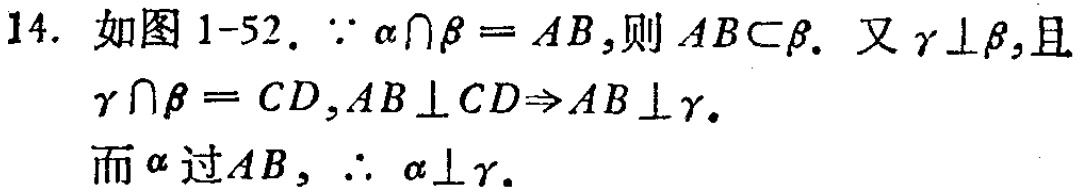
14. 如图 1-52. $\because \alpha\cap\beta = AB$,则 $AB\subset\beta$. 又 $\gamma\perp\beta$,且 $\gamma\cap\beta = CD$, $AB\perp CD\Rightarrow AB\perp\gamma$. 而 $\alpha$ 过 $AB$, $\therefore \alpha\perp\gamma$.